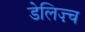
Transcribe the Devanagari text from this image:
डेलिज़्च